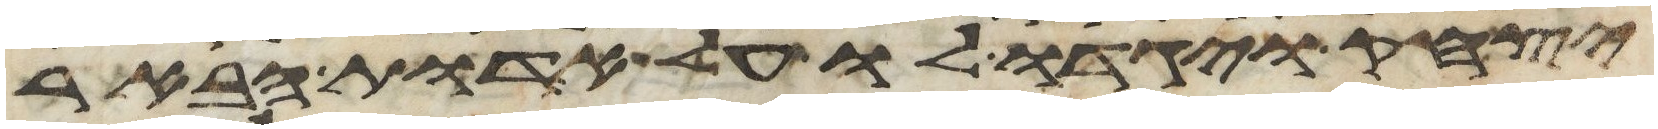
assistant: יצחק ויגדו לו על אדות הבאר